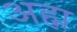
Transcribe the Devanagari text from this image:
अह्म